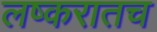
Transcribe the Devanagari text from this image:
लष्करातच